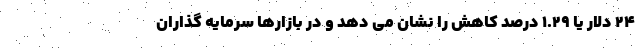
۲۴ دلار یا ۱.۲۹ درصد کاهش را نشان می دهد و در بازارها سرمایه گذاران